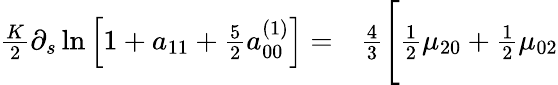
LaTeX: \begin{array}{rl}{\frac{K}{2}\partial_{s}\ln\left[1+a_{11}+\frac{5}{2}a_{00}^{(1)}\right]=}&{{}\frac{4}{3}\Bigg[\frac{1}{2}\mu_{20}+\frac{1}{2}\mu_{02}}\end{array}